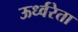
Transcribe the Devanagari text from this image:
ऊर्ध्वरेता